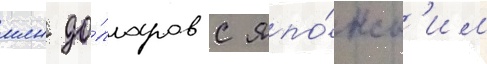
млн до́лларов с япо́нск'им